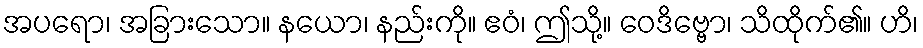
အပရော၊ အခြားသော။ နယော၊ နည်းကို။ ဧဝံ၊ ဤသို့။ ဝေဒိဗ္ဗော၊ သိထိုက်၏။ ဟိ၊